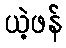
ယဲ့ဖန်